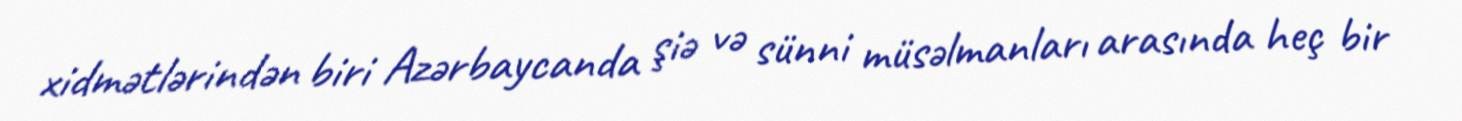
xidmətlərindən biri Azərbaycanda şiə və sünni müsəlmanları arasında heç bir